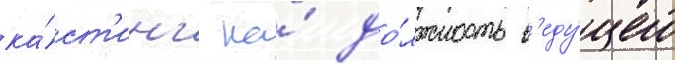
ка́ст'инг на́ до́лжность в'еду́щего